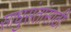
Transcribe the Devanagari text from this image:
साधुसंतांसाठी